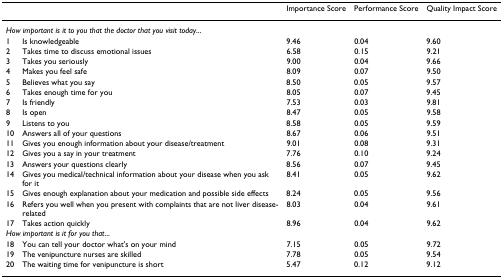
<table><thead><tr><td></td><td></td><td><b>Importance Score</b></td><td><b>Performance Score</b></td><td><b>Quality Impact Score</b></td></tr></thead><tbody><tr><td colspan="2"><i>How important is it to you that the doctor that you visit today</i>...</td><td></td><td></td><td></td></tr><tr><td>1</td><td>Is knowledgeable</td><td>9.46</td><td>0.04</td><td>9.60</td></tr><tr><td>2</td><td>Takes time to discuss emotional issues</td><td>6.58</td><td>0.15</td><td>9.21</td></tr><tr><td>3</td><td>Takes you seriously</td><td>9.00</td><td>0.04</td><td>9.66</td></tr><tr><td>4</td><td>Makes you feel safe</td><td>8.09</td><td>0.07</td><td>9.50</td></tr><tr><td>5</td><td>Believes what you say</td><td>8.50</td><td>0.05</td><td>9.57</td></tr><tr><td>6</td><td>Takes enough time for you</td><td>8.05</td><td>0.07</td><td>9.45</td></tr><tr><td>7</td><td>Is friendly</td><td>7.53</td><td>0.03</td><td>9.81</td></tr><tr><td>8</td><td>Is open</td><td>8.47</td><td>0.05</td><td>9.58</td></tr><tr><td>9</td><td>Listens to you</td><td>8.58</td><td>0.05</td><td>9.59</td></tr><tr><td>10</td><td>Answers all of your questions</td><td>8.67</td><td>0.06</td><td>9.51</td></tr><tr><td>11</td><td>Gives you enough information about your disease/treatment</td><td>9.01</td><td>0.08</td><td>9.31</td></tr><tr><td>12</td><td>Gives you a say in your treatment</td><td>7.76</td><td>0.10</td><td>9.24</td></tr><tr><td>13</td><td>Answers your questions clearly</td><td>8.56</td><td>0.07</td><td>9.45</td></tr><tr><td>14</td><td>Gives you medical/technical information about your disease when you ask for it</td><td>8.41</td><td>0.05</td><td>9.62</td></tr><tr><td>15</td><td>Gives enough explanation about your medication and possible side effects</td><td>8.24</td><td>0.05</td><td>9.56</td></tr><tr><td>16</td><td>Refers you well when you present with complaints that are not liver disease-related</td><td>8.03</td><td>0.04</td><td>9.61</td></tr><tr><td>17</td><td>Takes action quickly</td><td>8.96</td><td>0.04</td><td>9.62</td></tr><tr><td colspan="2"><i>How important is it for you that</i>...</td><td></td><td></td><td></td></tr><tr><td>18</td><td>You can tell your doctor what&#x27;s on your mind</td><td>7.15</td><td>0.05</td><td>9.72</td></tr><tr><td>19</td><td>The venipuncture nurses are skilled</td><td>7.78</td><td>0.05</td><td>9.54</td></tr><tr><td>20</td><td>The waiting time for venipuncture is short</td><td>5.47</td><td>0.12</td><td>9.12</td></tr></tbody></table>